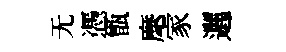
无憑甑麾家邐